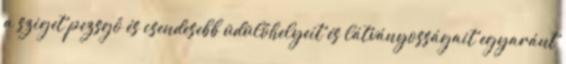
a sziget pezsgő és csendesebb üdülőhelyeit és látványosságait egyaránt